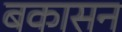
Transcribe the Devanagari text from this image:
बकासन